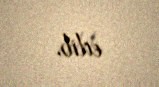
edib.